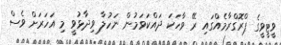
ވީޓީވީގެ ޕްރޮގްރާމެއްގައި ރޭ ވާހަކަ ދައްކަވަމުން ނަހުލާ ވިދާޅުވީ މި އަހަރަށް ވެސް